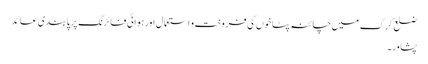
ضلع کرک میں چائنہ پٹاخوں کی فروخت و استعمال اورہوائی فائرنگ پر پابندی عائد
پشاور۔